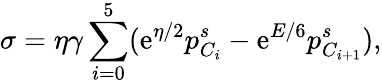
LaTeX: \sigma=\eta\gamma\sum_{i=0}^{5}(\mathrm{e}^{\eta/2}p_{C_{i}}^{s}-\mathrm{e}^{E/6}p_{C_{i+1}}^{s}),